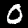
Digit: 0